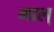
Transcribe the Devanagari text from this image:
माल्